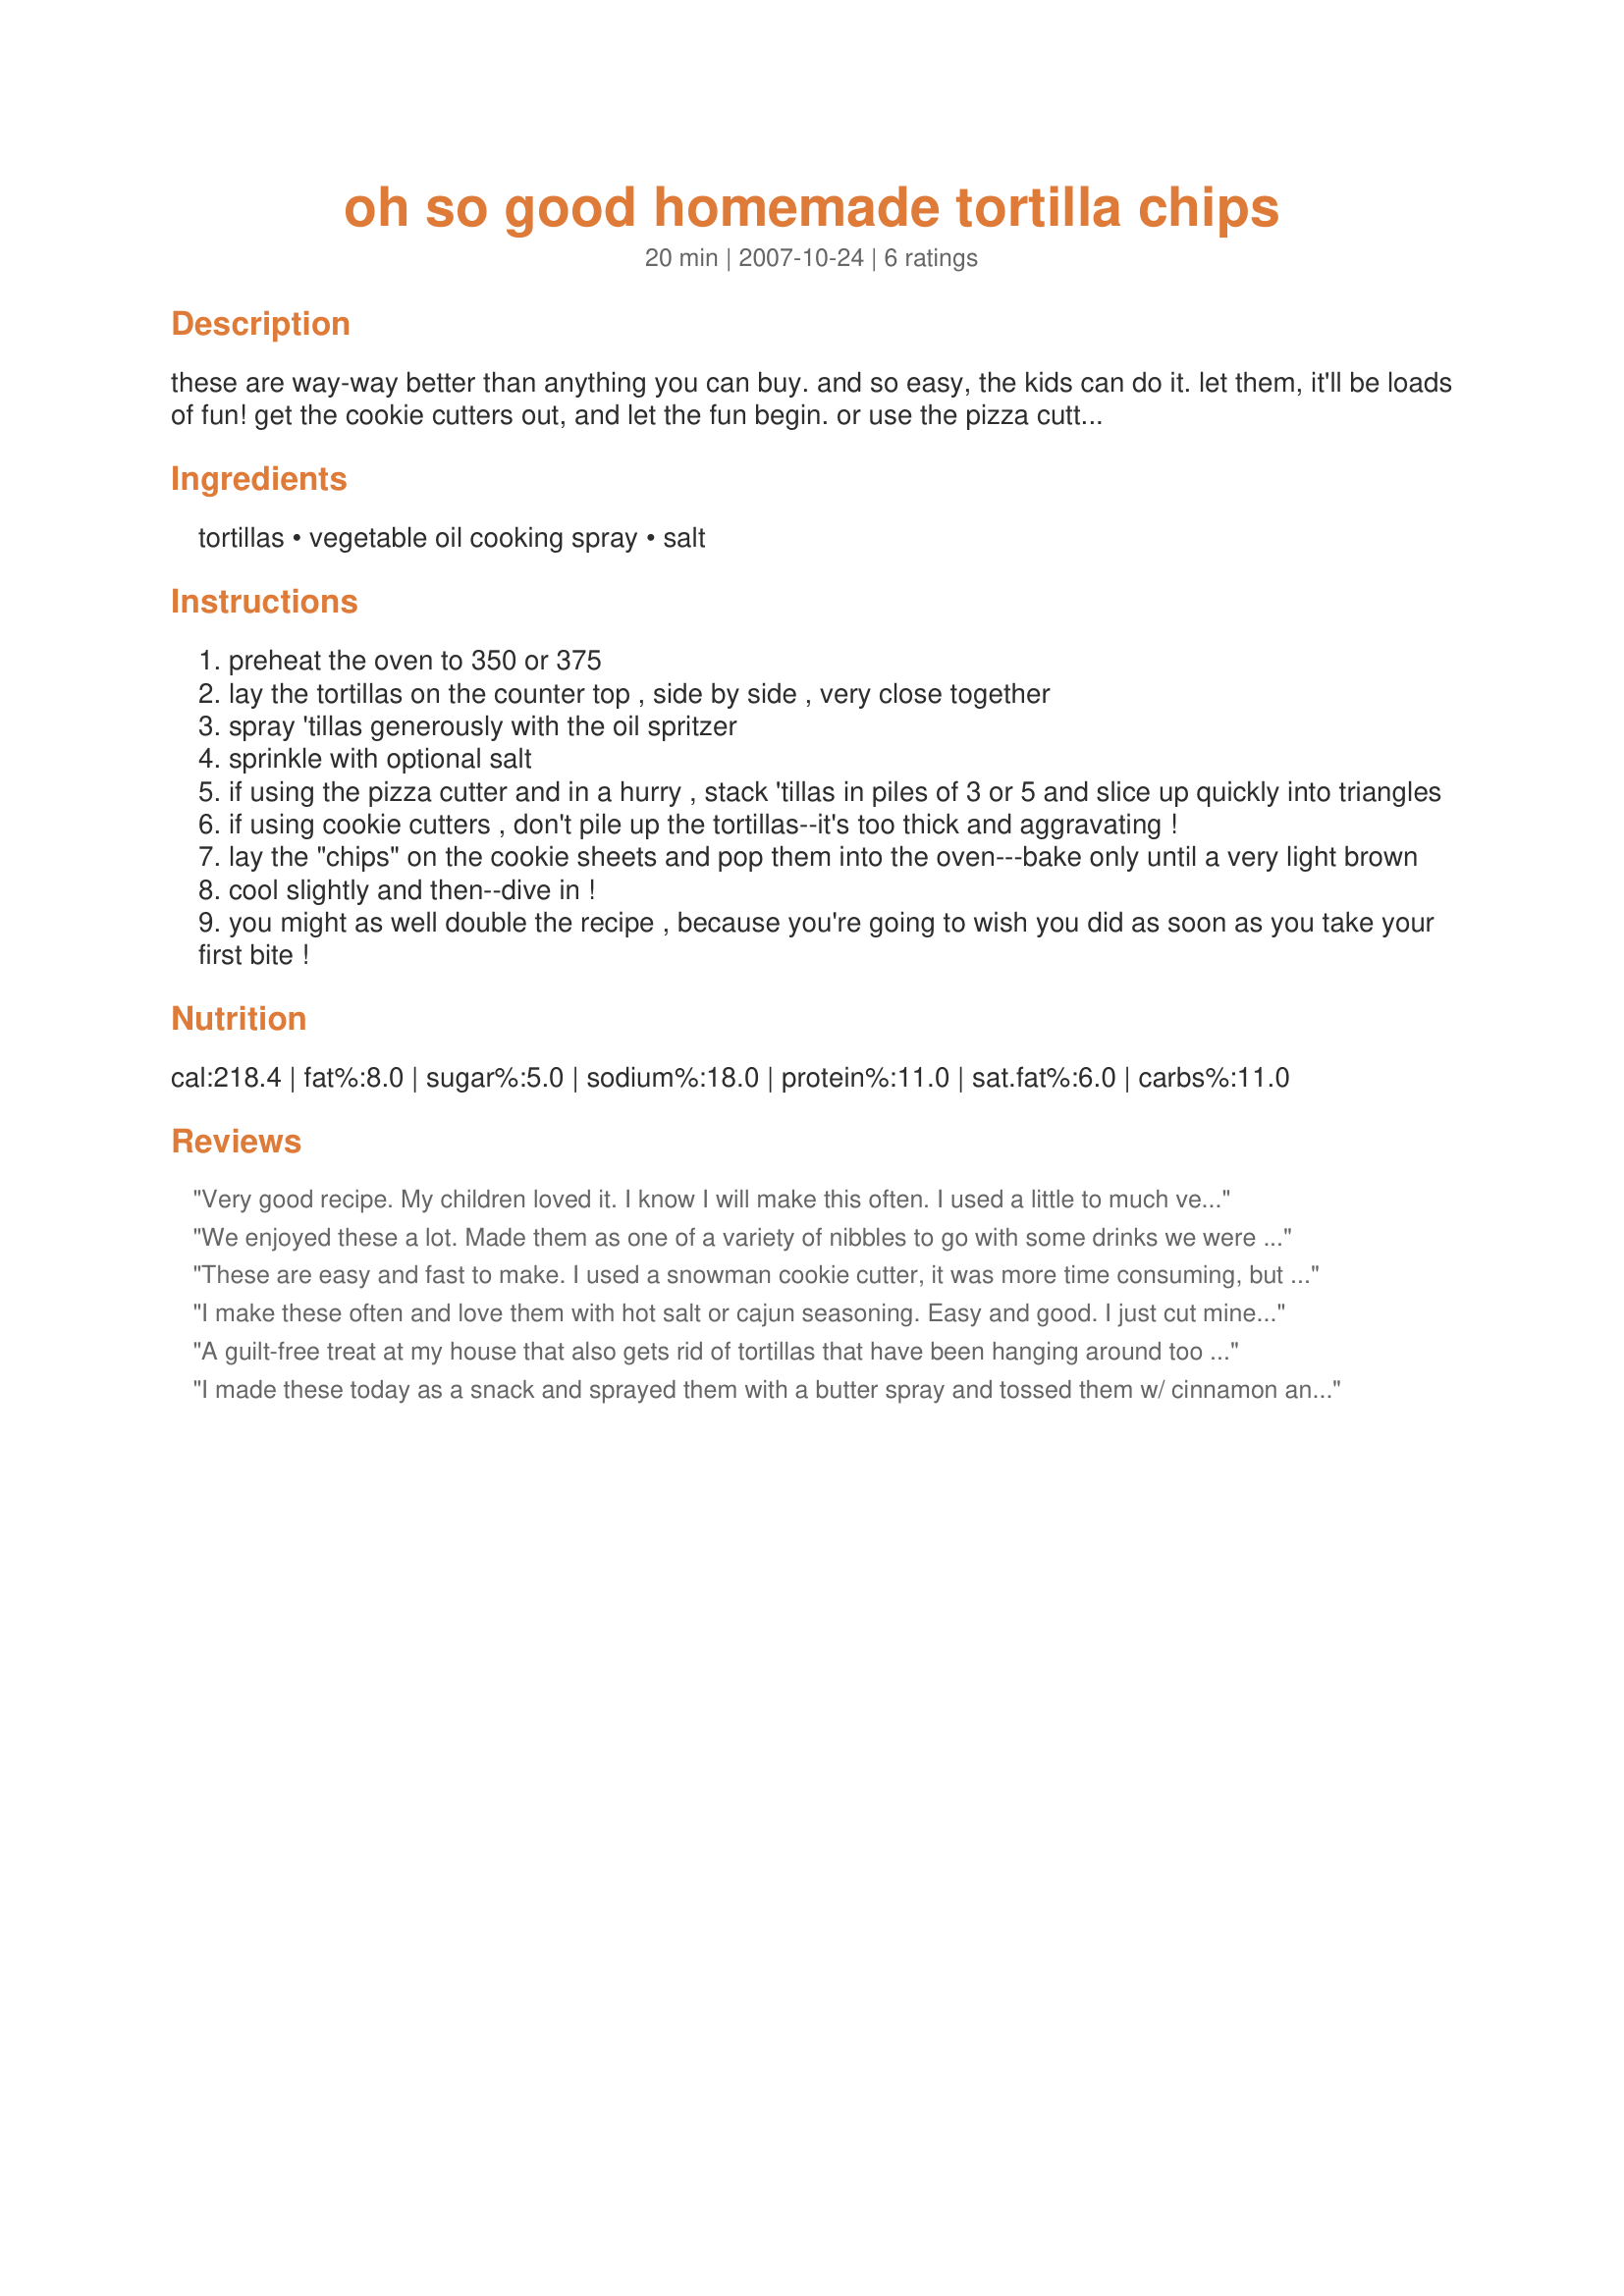
oh so good homemade tortilla chips
Preparation time: 20 minutes

these are way-way better than anything you can buy. and so easy, the kids can do it. let them, it'll be loads of fun! get the cookie cutters out, and let the fun begin. or use the pizza cutter--and it's done lickety-split! plus--no mess to clean up, because everything goes in the oven! even the schnitzels from between the cookie cut-outs! see, i told you this was oh-so-good!

Ingredients:
tortillas, vegetable oil cooking spray, salt

Steps:
preheat the oven to 350 or 375
lay the tortillas on the counter top , side by side , very close together
spray 'tillas generously with the oil spritzer
sprinkle with optional salt
if using the pizza cutter and in a hurry , stack 'tillas in piles of 3 or 5 and slice up quickly into triangles
if using cookie cutters , don't pile up the tortillas--it's too thick and aggravating !
lay the "chips" on the cookie sheets and pop them into the oven---bake only until a very light brown
cool slightly and then--dive in !
you might as well double the recipe , because you're going to wish you did as soon as you take your first bite !

Reviews:
Very good recipe. My children loved it. I know I will make this often. I used a little to much vegetable spray,but they were gone in a few minutes. Thank you for a good recipe.
We enjoyed these a lot. Made them as one of a variety of nibbles to go with some drinks we were having last night. I wanted to make tortilla chips, but I don't deep fry anything, so the fact that these were baked was perfect. I didn't use salt and found they were a little bit bland, but that's my fault and certainly not the fault of the recipe. We'll definitely make this again. Thanks for sharing - made for ZWT5.
These are easy and fast to make. I used a snowman cookie cutter, it was more time consuming, but cute. Also made some of these with a sprinkle of cinnamon and sugar for some color to photo for photo tag. Will be making these again. Much healtier than the fried version. Thanks for posting! Made for Fall 07 Photo Tag.
I make these often and love them with hot salt or cajun seasoning. Easy and good. I just cut mine with scissors as I usually don't make that many at a time.
A guilt-free treat at my house that also gets rid of tortillas that have been hanging around too long. I used some in Recipe #144969 for a tasty little supper. Thanks for sharing!
I made these today as a snack and sprayed them with a butter spray and tossed them w/ cinnamon and sugar...we dipped them in honey like sopapillas. Thanks for an awesome easy recipe thats even kid friendly.
